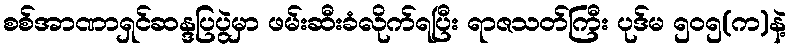
စစ်အာဏာရှင်ဆန္ဒပြပွဲမှာ ဖမ်းဆီးခံလိုက်ရပြီး ရာဇသတ်ကြီး ပုဒ်မ ၅၀၅(က)နဲ့